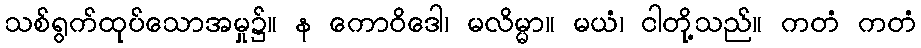
သစ်ရွက်ထုပ်သောအမှု၌။ န ကောဝိဒေါ၊ မလိမ္မာ။ မယံ၊ ငါတို့သည်။ ကတံ ကတံ